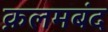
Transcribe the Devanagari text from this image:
क़लमबंद